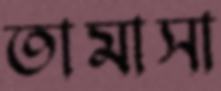
তামাসা